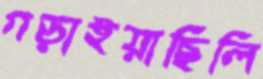
গড়াইয়াছিলি